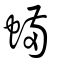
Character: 蟎